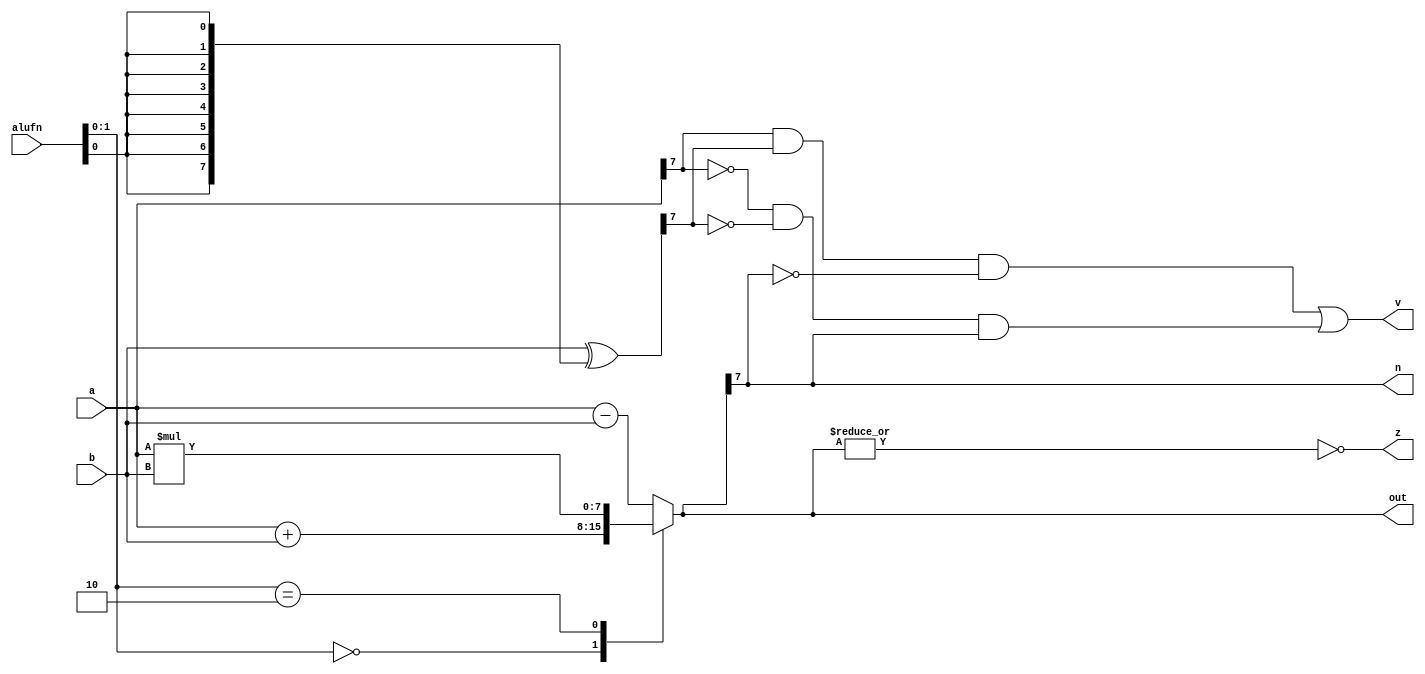
/*
   This file was generated automatically by the Mojo IDE version B1.3.6.
   Do not edit this file directly. Instead edit the original Lucid source.
   This is a temporary file and any changes made to it will be destroyed.
*/

module adder8_7 (
    input [5:0] alufn,
    input [7:0] a,
    input [7:0] b,
    output reg [7:0] out,
    output reg z,
    output reg n,
    output reg v
  );
  
  
  
  reg [7:0] sum;
  
  reg [7:0] xb;
  
  always @* begin
    xb = b ^ {4'h8{alufn[0+0-:1]}};
    
    case (alufn[0+1-:2])
      2'h0: begin
        sum = a + b;
      end
      2'h1: begin
        sum = a - b;
      end
      2'h2: begin
        sum = a * b;
      end
      default: begin
        sum = a - b;
      end
    endcase
    v = (a[7+0-:1] & xb[7+0-:1] & ~sum[7+0-:1]) | (~a[7+0-:1] & ~xb[7+0-:1] & sum[7+0-:1]);
    n = sum[7+0-:1];
    z = (~|sum);
    out = sum;
  end
endmodule